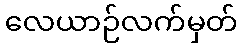
လေယာဉ်လက်မှတ်